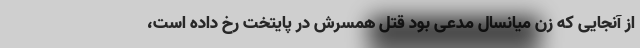
از آنجایی که زن میانسال مدعی بود قتل همسرش در پایتخت رخ داده است،